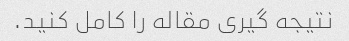
نتیجه گیری مقاله را کامل کنید.